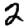
Digit: 2